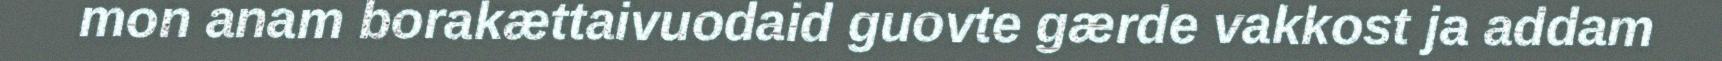
mon anam borakættaivuodaid guovte gærde vakkost ja addam